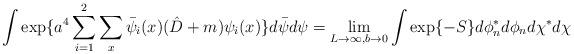
LaTeX: \begin{align*}\int \exp \{a^4 \sum_{i=1}^2 \sum_x \bar{\psi}_i(x)(\hat{D}+m) \psi_i(x) \}d \bar{ \psi}d \psi = \lim_{L \rightarrow \infty, b \rightarrow 0} \int \exp \{-S \}d \phi^*_n d \phi_n d \chi^* d \chi \end{align*}